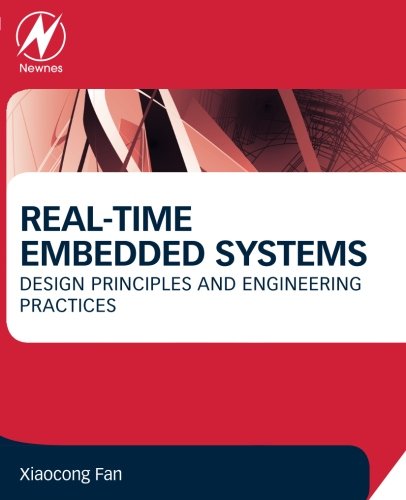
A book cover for Real-Time Embedded Systems: Design Principles and Engineering Practices; Xiaocong Fan; Engineering & Transportation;